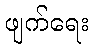
ဖျက်ရေး